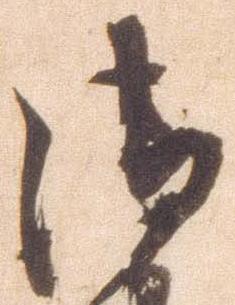
御